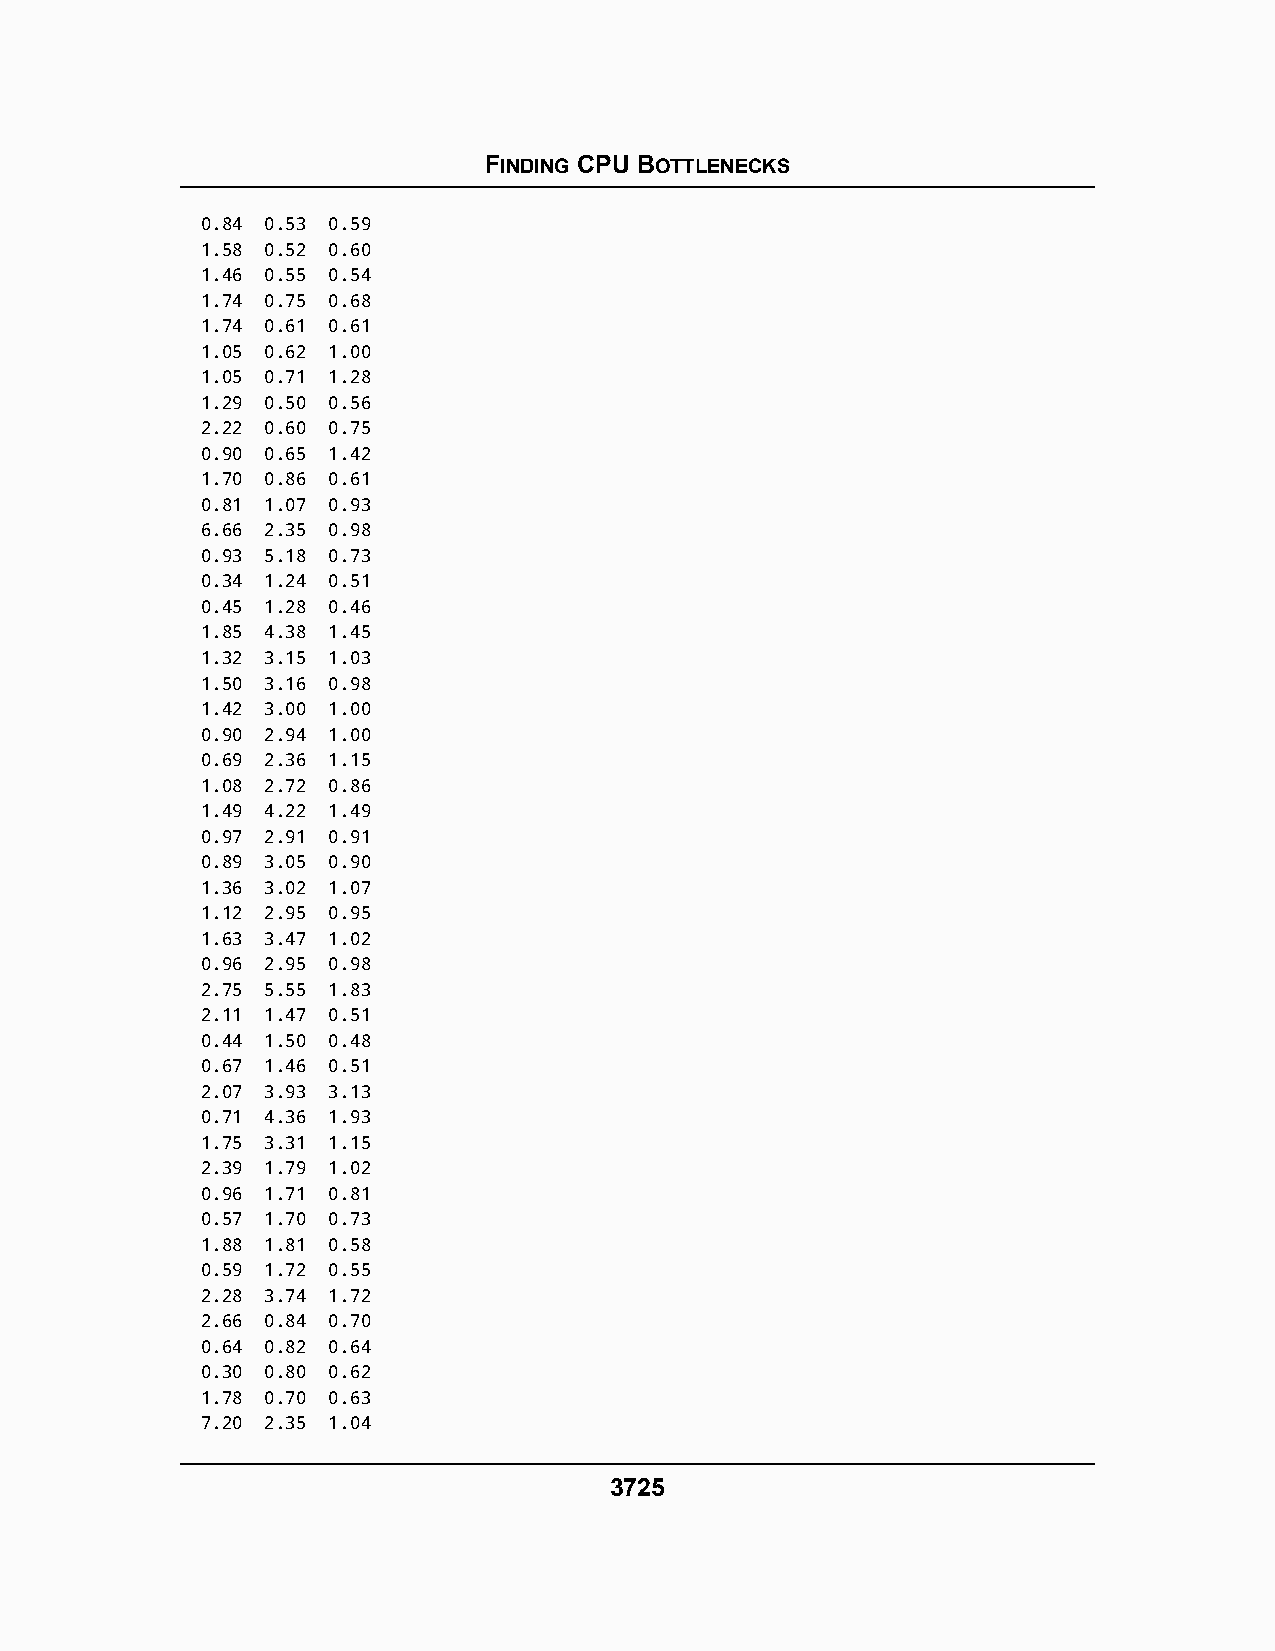
FINDING CPU BOTTLENECKS
 0.84 0.53 0.59
 1.58 0.52 0.60
 1.46 0.55 0.54
 1.74 0.75 0.68
 1.74 0.61 0.61
 1.05 0.62 1.00
 1.05 0.71 1.28
 1.29 0.50 0.56
 2.22 0.60 0.75
 0.90 0.65 1.42
 1.70 0.86 0.61
 0.81 1.07 0.93
 6.66 2.35 0.98
 0.93 5.18 0.73
 0.34 1.24 0.51
 0.45 1.28 0.46
 1.85 4.38 1.45
 1.32 3.15 1.03
 1.50 3.16 0.98
 1.42 3.00 1.00
 0.90 2.94 1.00
 0.69 2.36 1.15
 1.08 2.72 0.86
 1.49 4.22 1.49
 0.97 2.91 0.91
 0.89 3.05 0.90
 1.36 3.02 1.07
 1.12 2.95 0.95
 1.63 3.47 1.02
 0.96 2.95 0.98
 2.75 5.55 1.83
 2.11 1.47 0.51
 0.44 1.50 0.48
 0.67 1.46 0.51
 2.07 3.93 3.13
 0.71 4.36 1.93
 1.75 3.31 1.15
 2.39 1.79 1.02
 0.96 1.71 0.81
 0.57 1.70 0.73
 1.88 1.81 0.58
 0.59 1.72 0.55
 2.28 3.74 1.72
 2.66 0.84 0.70
 0.64 0.82 0.64
 0.30 0.80 0.62
 1.78 0.70 0.63
 7.20 2.35 1.04
 3725